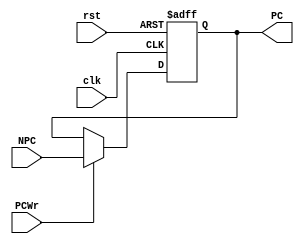
module PC( clk, rst, NPC, PC, PCWr );

  input              clk;
  input              rst;
  input              PCWr;  // default as 1
  input       [31:0] NPC;  // from NPCMux
  output reg  [31:0] PC;

  always @(posedge clk, posedge rst)
    if (rst) 
      PC <= 32'h0000_0000;
//      PC <= 32'h0000_3000;
    else 
    if (PCWr)
      PC <= NPC;
      
endmodule